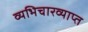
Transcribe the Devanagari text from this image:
व्यभिचारव्याप्त